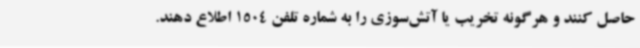
حاصل کنند و هرگونه تخریب یا آتش‌سوزی را به شماره تلفن 1504 اطلاع دهند.